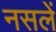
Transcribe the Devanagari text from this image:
नसलें